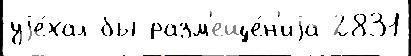
уjе́хал бы разм'еще́н'иjа 2831